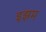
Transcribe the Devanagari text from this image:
इझम